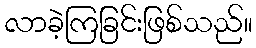
လာခဲ့ကြခြင်းဖြစ်သည်။